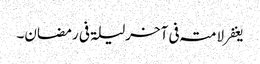
یغفر لامتہ فی آخرلیلۃ فی رمضان۔